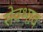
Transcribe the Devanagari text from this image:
सेवभाव